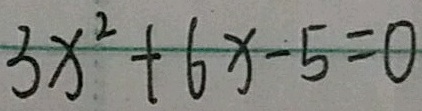
3 x ^ { 2 } + 6 x - 5 = 0